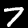
Digit: 7